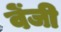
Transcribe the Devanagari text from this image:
वेंजी